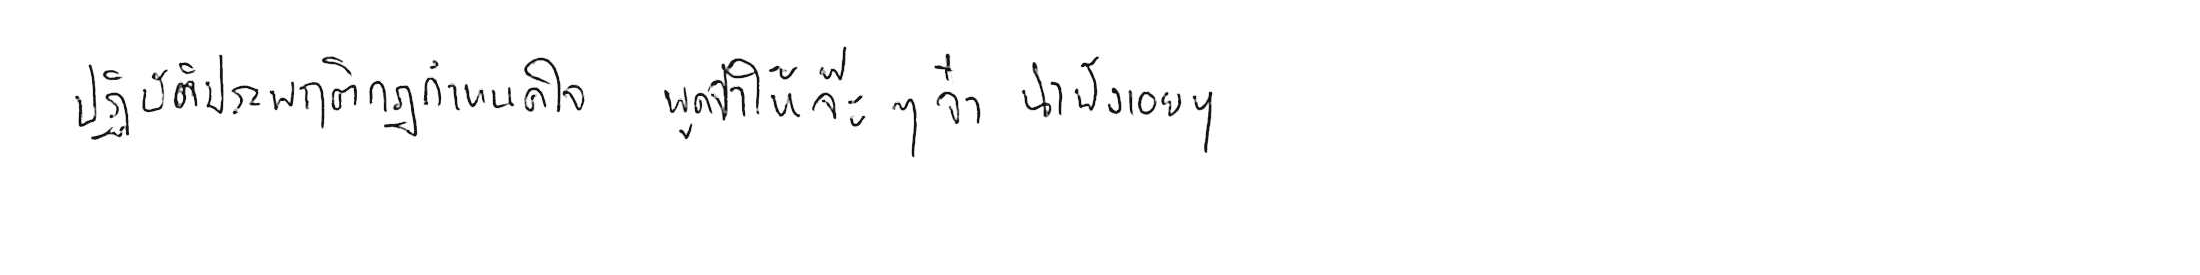
ปฏิบัติประพฤติกฎกำหนดใจ พูดจาให้จ๊ะๆ จ๋า น่าฟังเอยฯ